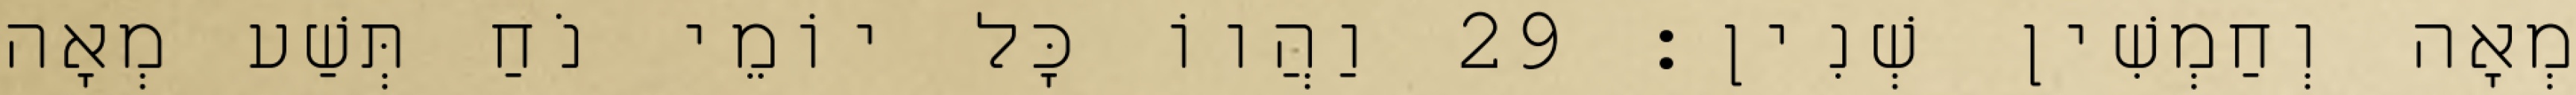
מְאָה וְחַמְשִׁין שְׁנִין׃ 29 וַהֲווֹ כָּל יוֹמֵי נֹחַ תְּשַׁע מְאָה